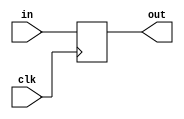
`timescale 1ns / 1ps
//////////////////////////////////////////////////////////////////////////////////
// Company: 
// Engineer: 
// 
// Design Name: 
// Module Name:    output_register 
// Project Name: 
// Target Devices: 
// Tool versions: 
// Description: 
//
// Dependencies: 
//
// Revision: 
// Revision 0.01 - File Created
// Additional Comments: 
//
//////////////////////////////////////////////////////////////////////////////////
module output_register( clk, in, out);
input [127:0]in;
input clk;
output [127:0]out;
reg [127:0] out;

always @ ( posedge clk)
begin
	out[127:0] = in[127:0];
end

endmodule